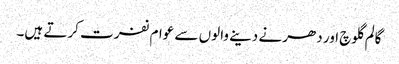
گالم گلوچ اور دھرنے دینے والوں سے عوام نفرت کرتے ہیں۔